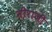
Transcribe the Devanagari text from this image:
नीराजी